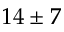
1 4 \pm 7